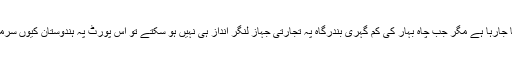
اب آپ دیکھیں گوادر کے مقابل بظاہر چاہ بہار کو اک تجارتی متبادل روٹ بتایا جارہا ہے مگر جب چاہ بہار کی کم گہری بندرگاہ پہ تجارتی جہاز لنگر انداز ہی نہیں ہو سکتے تو اس پورٹ پہ ہندوستان کیوں سرمایا کاری کرنا چاہ رہا ہے اور ایران اس سے کیا مفادات حاصل کرنا چاہتا ہے؟